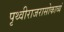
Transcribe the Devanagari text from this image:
पृथ्वीराजरासोकाव्यं